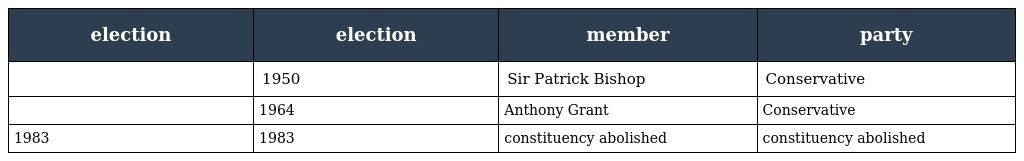
| election | election | member | party |
 | --- | --- | --- | --- |
 |  | 1950 | Sir Patrick Bishop | Conservative |
 |  | 1964 | Anthony Grant | Conservative |
 | 1983 | 1983 | constituency abolished | constituency abolished |